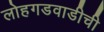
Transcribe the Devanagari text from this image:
लोहगडवाडीची